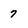
Character: 7